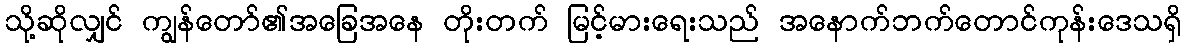
သို့ဆိုလျှင် ကျွန်တော်၏အခြေအနေ တိုးတက် မြင့်မားရေးသည် အနောက်ဘက်တောင်ကုန်းဒေသရှိ